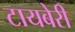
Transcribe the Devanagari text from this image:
टायबेरी